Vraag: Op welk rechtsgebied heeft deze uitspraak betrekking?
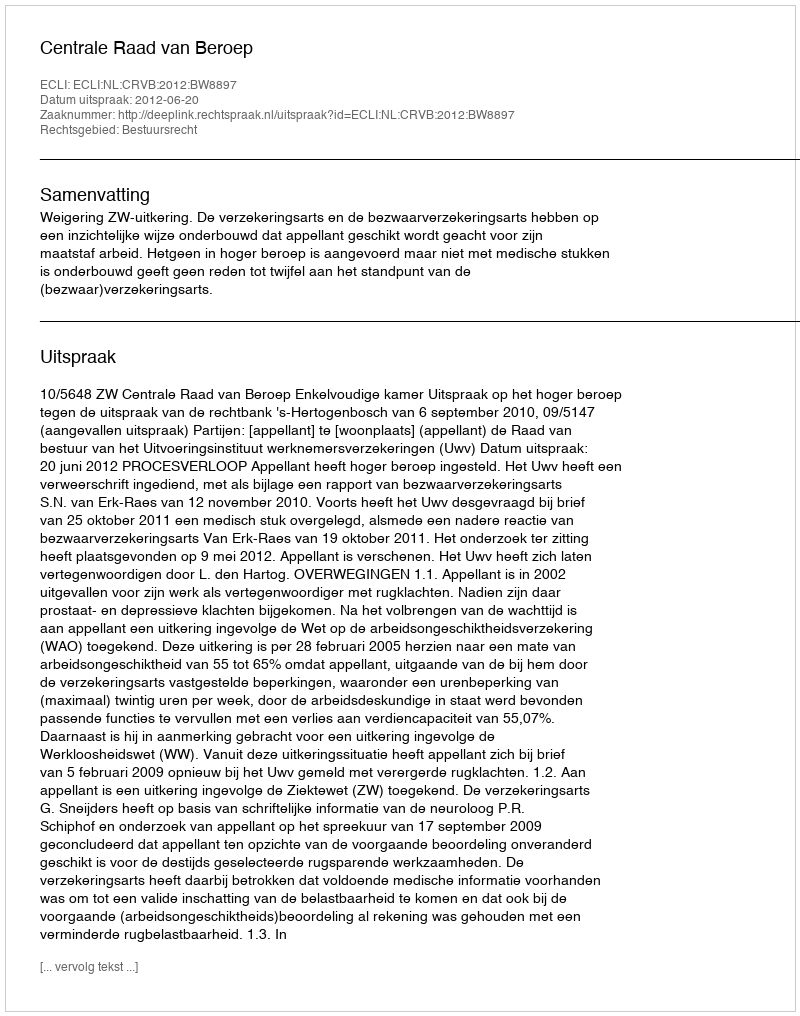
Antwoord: Bestuursrecht